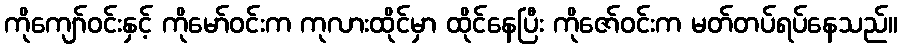
ကိုကျော်ဝင်းနှင့် ကိုမော်ဝင်းက ကုလားထိုင်မှာ ထိုင်နေပြီး ကိုဇော်ဝင်းက မတ်တပ်ရပ်နေသည်။